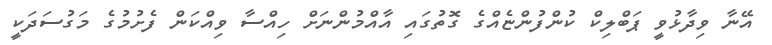
އޭނާ ވިދާޅުވީ ޕަބްލިކް ކުންފުންޏެއްގެ ގޮތުގައި އާއްމުންނަށް ހިއްސާ ވިއްކަން ފެށުމުގެ މަގުސަދަކީ